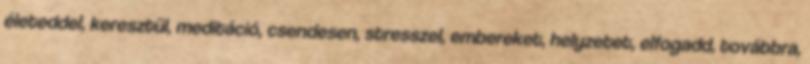
életeddel, keresztül, meditáció, csendesen, stresszel, embereket, helyzetet, elfogadd, továbbra,